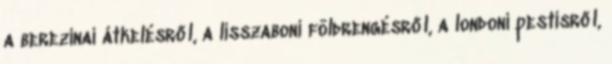
a berezinai átkelésről, a lisszaboni földrengésről, a londoni pestisről,